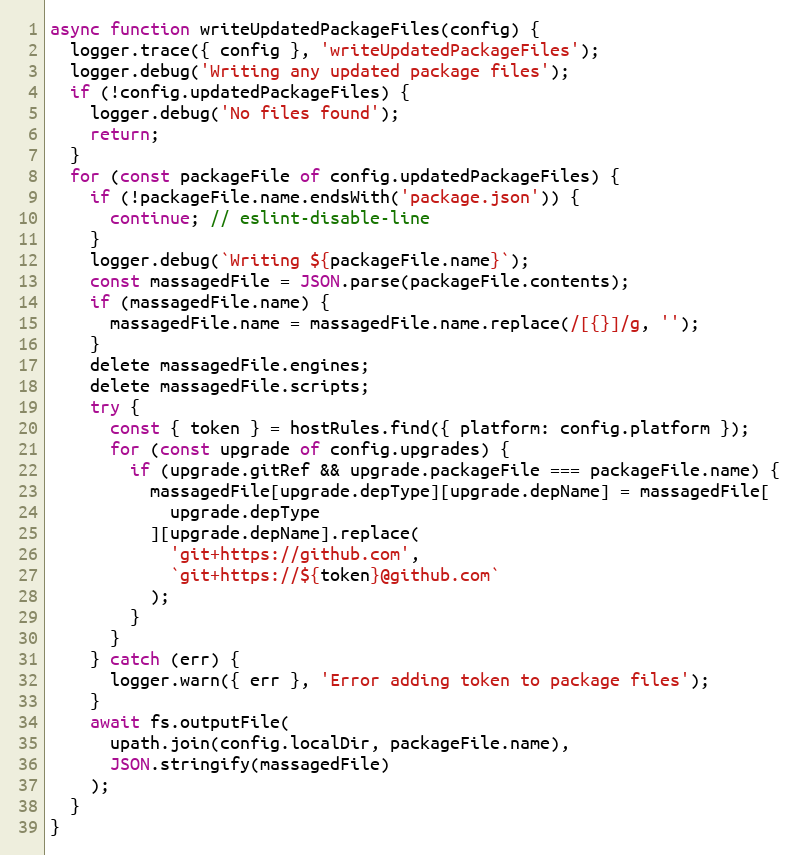
Language: JavaScript
async function writeUpdatedPackageFiles(config) {
  logger.trace({ config }, 'writeUpdatedPackageFiles');
  logger.debug('Writing any updated package files');
  if (!config.updatedPackageFiles) {
    logger.debug('No files found');
    return;
  }
  for (const packageFile of config.updatedPackageFiles) {
    if (!packageFile.name.endsWith('package.json')) {
      continue; // eslint-disable-line
    }
    logger.debug(`Writing ${packageFile.name}`);
    const massagedFile = JSON.parse(packageFile.contents);
    if (massagedFile.name) {
      massagedFile.name = massagedFile.name.replace(/[{}]/g, '');
    }
    delete massagedFile.engines;
    delete massagedFile.scripts;
    try {
      const { token } = hostRules.find({ platform: config.platform });
      for (const upgrade of config.upgrades) {
        if (upgrade.gitRef && upgrade.packageFile === packageFile.name) {
          massagedFile[upgrade.depType][upgrade.depName] = massagedFile[
            upgrade.depType
          ][upgrade.depName].replace(
            'git+https://github.com',
            `git+https://${token}@github.com`
          );
        }
      }
    } catch (err) {
      logger.warn({ err }, 'Error adding token to package files');
    }
    await fs.outputFile(
      upath.join(config.localDir, packageFile.name),
      JSON.stringify(massagedFile)
    );
  }
}